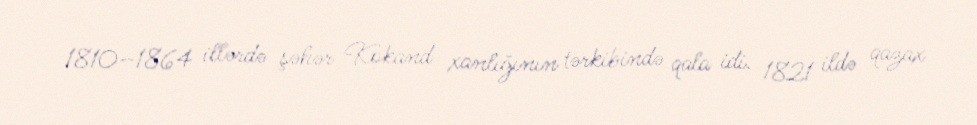
1810–1864 illərdə şəhər Kokand xanlığının tərkibində qala idi. 1821 ildə qazax